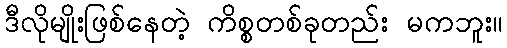
ဒီလိုမျိုးဖြစ်နေတဲ့ ကိစ္စတစ်ခုတည်း မကဘူး။